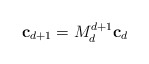
\begin{align*}\mathbf{c}_{d+1} = M_d^{d+1} \mathbf{c}_d\end{align*}